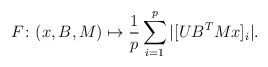
\begin{align*} F \colon (x,B,M) \mapsto \frac{1}{p} \sum_{i=1}^p |[U B^T M x]_i|. \end{align*}